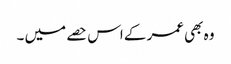
وہ بھی عمر کے اس حصے میں ۔